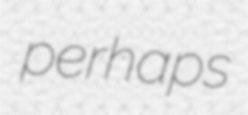
perhaps